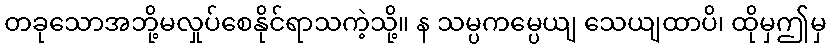
တခုသောအဘို့မလှုပ်စေနိုင်ရာသကဲ့သို့။ န သမ္ပကမ္ပေယျ သေယျထာပိ၊ ထိုမှဤမှ